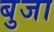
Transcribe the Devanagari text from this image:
बुजा